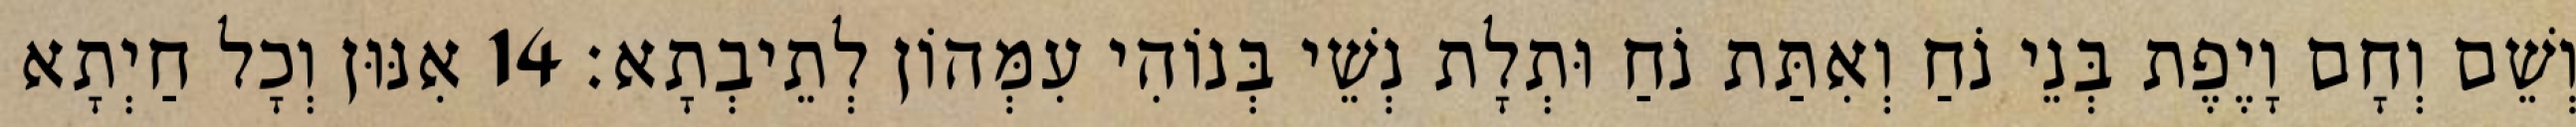
וְשֵׁם וְחָם וָיֶפֶת בְּנֵי נֹחַ וְאִתַּת נֹחַ וּתְלָת נְשֵׁי בְּנוֹהִי עִמְּהוֹן לְתֵיבְתָא׃ 14 אִנּוּן וְכָל חַיְתָא